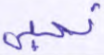
نحيي